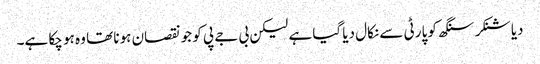
دیا شنکر سنگھ کو پارٹی سے نکال دیا گیا ہے لیکن بی جے پی کو جو نقصان ہونا تھا وہ ہو چکا ہے۔